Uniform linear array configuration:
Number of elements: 64
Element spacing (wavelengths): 0.25
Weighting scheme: exponential
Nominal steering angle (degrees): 45
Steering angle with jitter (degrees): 43.249
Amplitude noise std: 0.05
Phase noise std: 0.05

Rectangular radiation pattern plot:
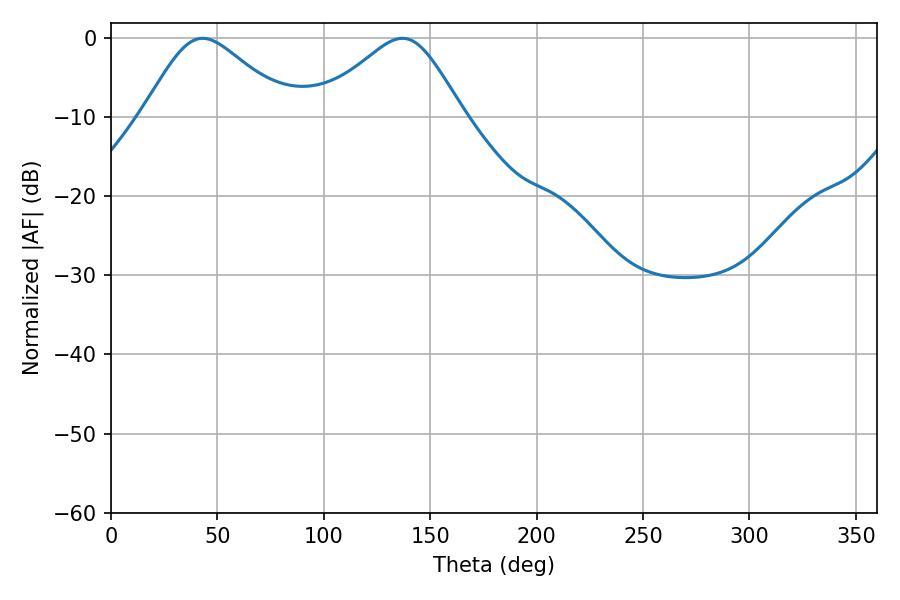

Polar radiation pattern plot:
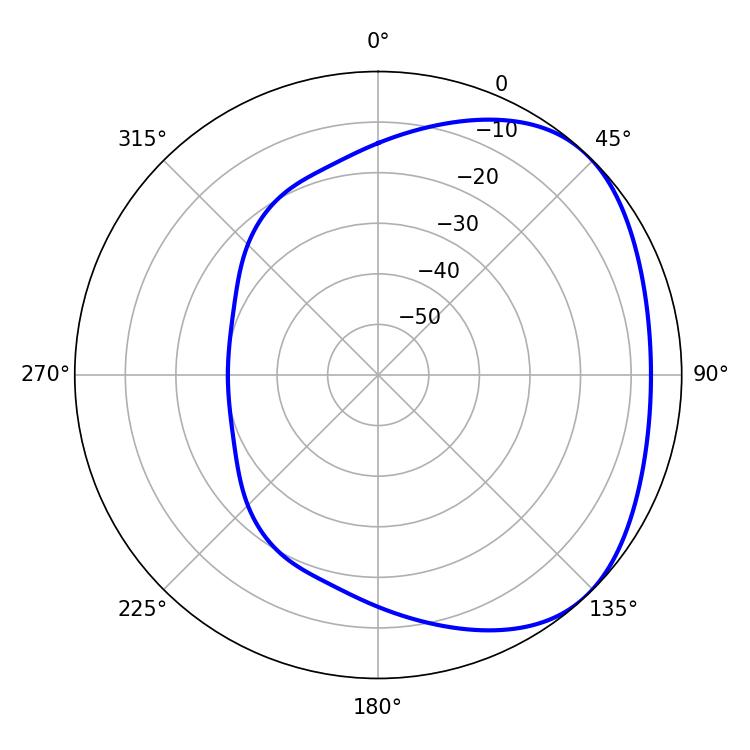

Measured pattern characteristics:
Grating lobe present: FALSE
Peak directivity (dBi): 3.013
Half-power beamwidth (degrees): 33.84
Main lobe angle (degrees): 43.02